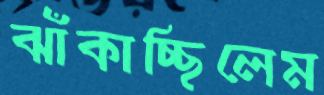
ঝাঁকাচ্ছিলেম